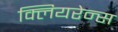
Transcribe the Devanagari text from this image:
क्लियरेन्स